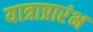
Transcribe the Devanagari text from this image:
यात्राप्रारंभ